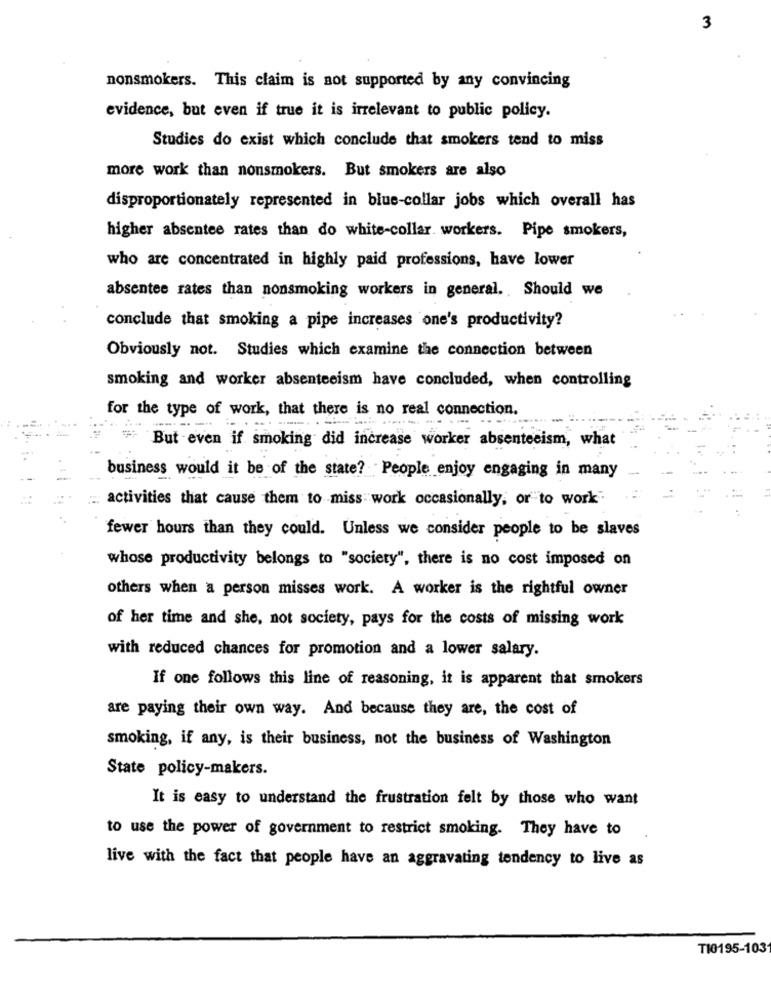
3
nonsmokers. This claim is not supported by any convincing
evidence, but even if true it is irrelevant to public policy.
Studies do exist which conclude that smokers tend to miss
more work than nonsmokers. But smokers are also
disproportionately represented in blue-collar jobs which overall has
higher absentee rates than do white-collar. workers. Pipe smokers,
who are concentrated in highly paid professions, have lower
absentee rates than nonsmoking workers in general. . Should we
conclude that smoking a pipe increases one's productivity?
Obviously not. Studies which examine the connection between
smoking and worker absenteeism have concluded, when controlling
for the type of work, that there is no real connection.
But even if smoking did increase worker absenteeism, what
business would it be of the state? People enjoy engaging in many
activities that cause them to miss work occasionally, or to work"
fewer hours than they could. Unless we consider people to be slaves
whose productivity belongs to "society", there is no cost imposed on
others when a person misses work. A worker is the rightful owner
of her time and she, not society, pays for the costs of missing work
with reduced chances for promotion and a lower salary.
If one follows this line of reasoning, it is apparent that smokers
are paying their own way. And because they are, the cost of
smoking, if any, is their business, not the business of Washington
State policy-makers.
It is easy to understand the frustration felt by those who want
to use the power of government to restrict smoking. They have to
live with the fact that people have an aggravating tendency to live as
TI0195-103